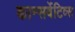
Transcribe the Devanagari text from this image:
कान्सर्वेटिव्स